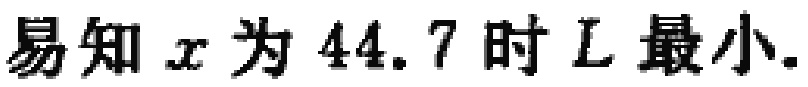
易知 \(x\) 为 \(44.7\) 时 \(L\) 最小.